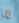
ما